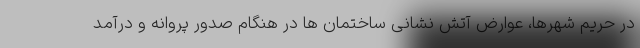
در حریم شهرها، عوارض آتش نشانی ساختمان ها در هنگام صدور پروانه و درآمد